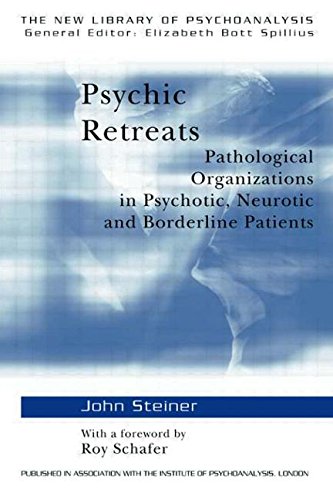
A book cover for Psychic Retreats: Pathological Organizations in Psychotic, Neurotic and Borderline Patients (The New Library of Psychoanalysis, Vol. 19); John Steiner; Health, Fitness & Dieting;